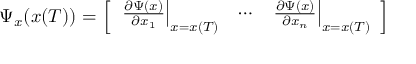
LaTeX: \Psi _ { x } ( x ( T ) ) = { \left[ \begin{array} { l l l } { \left. { \frac { \partial \Psi ( x ) } { \partial x _ { 1 } } } \right| _ { x = x ( T ) } } & { \cdots } & { \left. { \frac { \partial \Psi ( x ) } { \partial x _ { n } } } \right| _ { x = x ( T ) } } \end{array} \right] }